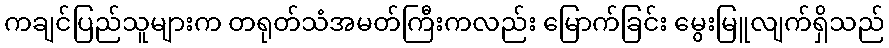
ကချင်ပြည်သူများက တရုတ်သံအမတ်ကြီးကလည်း မြောက်ခြင်း မွေးမြူလျက်ရှိသည်